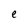
Character: e